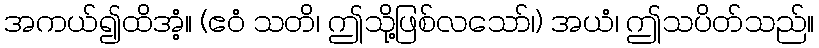
အကယ်၍ထိအံ့။ (ဧဝံ သတိ၊ ဤသို့ဖြစ်လသော်၊) အယံ၊ ဤသပိတ်သည်။